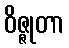
ဝိဇ္ဇုတာ